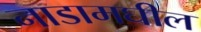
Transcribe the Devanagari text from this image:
नाडामघील